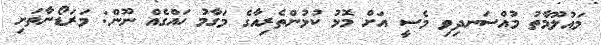
މައުލޫމާތު މުއްސަނދިވި މެސީ އަށް މޮޅު ކުޅުންތެރިއާގެ މަގާމު ހައްގެއް ނޫން: މަރަޑޯނާތަށި